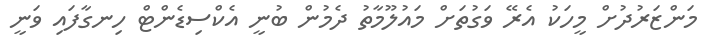
މަންޒަރުދުށް މީހަކު އެރޭ ވަގުތަށް މައުލޫމާތު ދެމުން ބުނީ އެކްސިޑެންޓް ހިނގާފައި ވަނީ